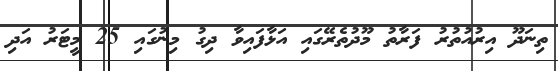
ތިނަދޫ އިރުއުތުރު ފަރާތު މޫދުތެރޭގައި އަޅާފައިވާ ދިގު މިނުގައި 25 މީޓަރު އަދި